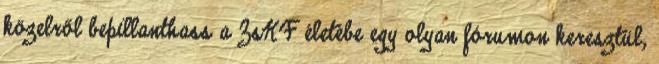
közelről bepillanthass a ZsKF életébe egy olyan fórumon keresztül,